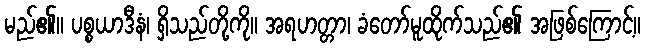
မည်၏။ ပစ္စယာဒီနံ၊ ရှိသည်တို့ကို။ အရဟတ္တာ၊ ခံတော်မူထိုက်သည်၏ အဖြစ်ကြောင့်။